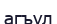
агъул